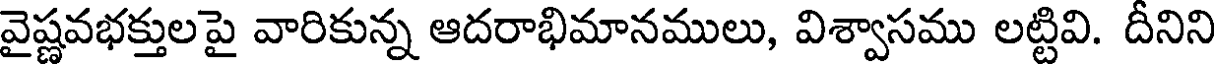
వైష్ణవభక్తులపై వారికున్న ఆదరాభిమానములు, విశ్వాసము లట్టివి. దీనిని